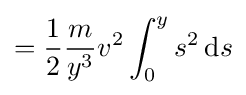
={\frac {1}{2}}{\frac {m}{y^{3}}}v^{2}\int _{0}^{y}s^{2}\,\mathrm {d} s